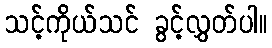
သင့်ကိုယ်သင် ခွင့်လွှတ်ပါ။